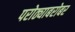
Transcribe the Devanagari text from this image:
परोठ्याबरोबर